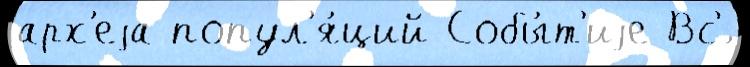
арх'еjа попул'я́ций Собы́т'иjе Вс'́